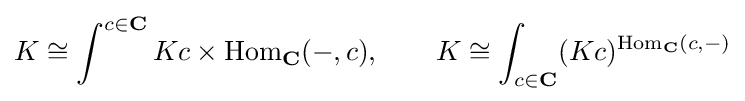
K\cong \int ^{c\in \mathbf {C} }Kc\times \mathrm {Hom} _{\mathbf {C} }(-,c),\qquad K\cong \int _{c\in \mathbf {C} }(Kc)^{\mathrm {Hom} _{\mathbf {C} }(c,-)}